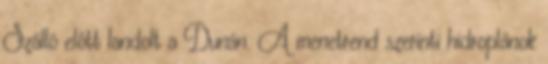
Szálló előtt landolt a Dunán. A menetrend szerinti hidroplánok